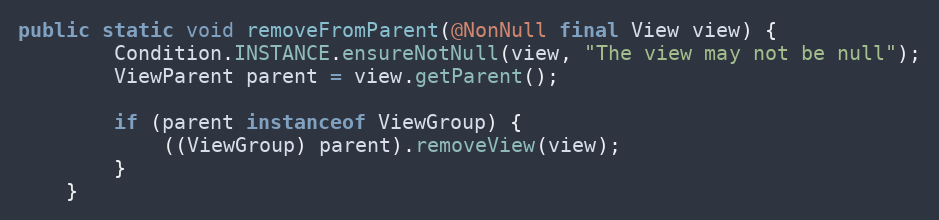
Language: Java
public static void removeFromParent(@NonNull final View view) {
        Condition.INSTANCE.ensureNotNull(view, "The view may not be null");
        ViewParent parent = view.getParent();

        if (parent instanceof ViewGroup) {
            ((ViewGroup) parent).removeView(view);
        }
    }